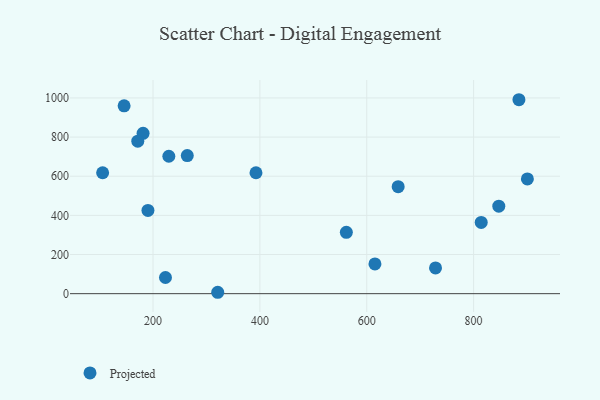
{"axis": {"x": "Speed", "y": "Sales"}, "legend": ["Projected"], "data": [{"x": "264.1", "y": 705.3, "type": "Projected"}, {"x": "181.4", "y": 819.0, "type": "Projected"}, {"x": "171.5", "y": 779.1, "type": "Projected"}, {"x": "615.3", "y": 151.7, "type": "Projected"}, {"x": "884.8", "y": 990.9, "type": "Projected"}, {"x": "145.9", "y": 959.7, "type": "Projected"}, {"x": "321.1", "y": 7.1, "type": "Projected"}, {"x": "190.5", "y": 425.3, "type": "Projected"}, {"x": "900.6", "y": 586.2, "type": "Projected"}, {"x": "728.7", "y": 131.6, "type": "Projected"}, {"x": "814.2", "y": 364.2, "type": "Projected"}, {"x": "561.8", "y": 313.5, "type": "Projected"}, {"x": "658.8", "y": 546.6, "type": "Projected"}, {"x": "392.7", "y": 617.7, "type": "Projected"}, {"x": "223.3", "y": 82.7, "type": "Projected"}, {"x": "229.6", "y": 702.0, "type": "Projected"}, {"x": "105.7", "y": 617.7, "type": "Projected"}, {"x": "847.1", "y": 446.9, "type": "Projected"}]}